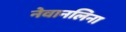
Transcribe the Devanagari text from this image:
नेवानलिना